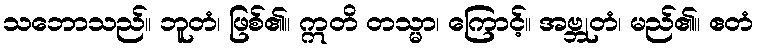
သဘောသည်။ ဘူတံ၊ ဖြစ်၏။ ဣတိ တသ္မာ၊ ကြောင့်။ အဗ္ဘုတံ၊ မည်၏။ ဧတံ